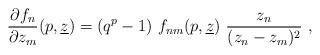
LaTeX: \begin{align*}\frac{\partial f_{n}}{\partial z_{m}}(p,\underline{z})=(q^{p}-1)~f_{nm}(p,\underline{z})~\frac{z_{n}}{(z_{n}-z_{m})^{2}}~, \end{align*}